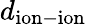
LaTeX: d_{\mathrm{ion-ion}}